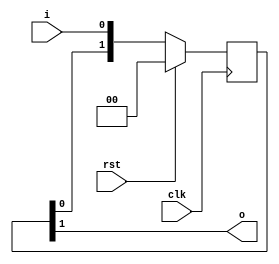
// two stage synchronizer

module sync2s(rst, clk, i, o);
	input rst;
	input clk;
	input i;
	output o;
	
	reg [1:0] s;
	always @(posedge clk)
		if (rst)
			s <= 0;
		else
			s <= {s[0],i};
			
	assign o = s[1];
	
endmodule